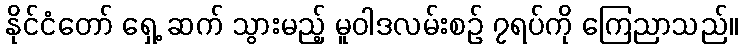
နိုင်ငံတော် ရှေ့ ဆက် သွားမည့် မူဝါဒလမ်းစဉ် ၇ရပ်ကို ကြေညာသည်။